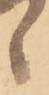
候